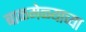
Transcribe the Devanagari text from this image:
बाळमेळ्याच्या